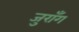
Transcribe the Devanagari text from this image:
जुराँग